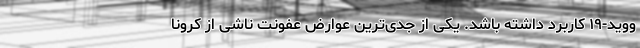
ووید-۱۹ کاربرد داشته باشد. یکی از جدی‌ترین عوارض عفونت ناشی از کرونا